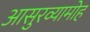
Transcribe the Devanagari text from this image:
आसुरव्यामोह